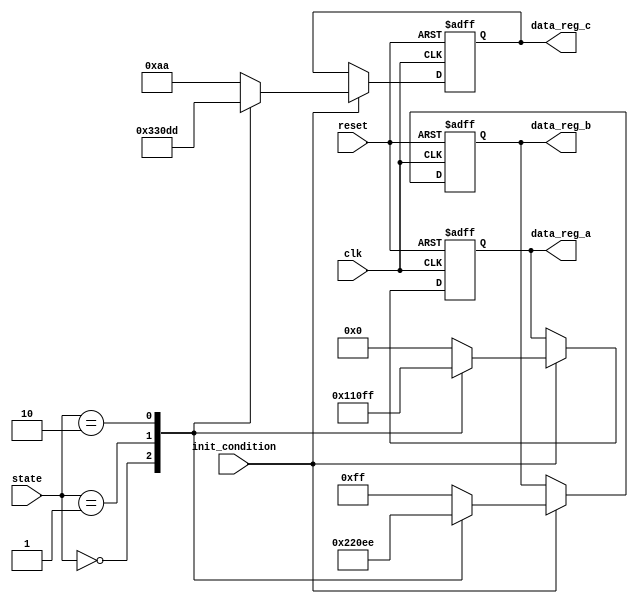
module ConditionalInitialization #(
    parameter DATA_WIDTH = 8,
    parameter STATE_WIDTH = 2
)(
    input wire clk,
    input wire reset,
    input wire init_condition, // Condition to trigger initialization
    input wire [STATE_WIDTH-1:0] state, // Current state of the system
    output reg [DATA_WIDTH-1:0] data_reg_a,
    output reg [DATA_WIDTH-1:0] data_reg_b,
    output reg [DATA_WIDTH-1:0] data_reg_c
);

    // Default initialization values
    localparam DEFAULT_A = 8'h00;
    localparam DEFAULT_B = 8'hFF;
    localparam DEFAULT_C = 8'hAA;

    // Sequential block for initialization
    always @(posedge clk or posedge reset) begin
        if (reset) begin
            // Complete reinitialization on reset
            data_reg_a <= DEFAULT_A;
            data_reg_b <= DEFAULT_B;
            data_reg_c <= DEFAULT_C;
        end else if (init_condition) begin
            // Conditional initialization based on the current state
            case (state)
                2'b00: begin
                    data_reg_a <= 8'h01;  // Initialize A for State 0
                    data_reg_b <= 8'h02;  // Initialize B for State 0
                    data_reg_c <= 8'h03;  // Initialize C for State 0
                end
                2'b01: begin
                    data_reg_a <= 8'h10;  // Initialize A for State 1
                    data_reg_b <= 8'h20;  // Initialize B for State 1
                    data_reg_c <= 8'h30;  // Initialize C for State 1
                end
                2'b10: begin
                    data_reg_a <= 8'hFF;  // Initialize A for State 2
                    data_reg_b <= 8'hEE;  // Initialize B for State 2
                    data_reg_c <= 8'hDD;  // Initialize C for State 2
                end
                default: begin
                    data_reg_a <= DEFAULT_A; // Default Initialization
                    data_reg_b <= DEFAULT_B;
                    data_reg_c <= DEFAULT_C;
                end
            endcase
        end
    end

endmodule